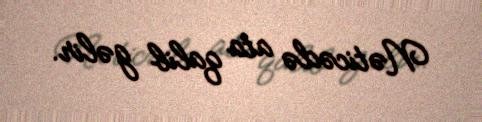
Nəticədə ata qalib gəlir.